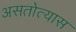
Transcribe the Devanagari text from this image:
असतोत्यास